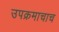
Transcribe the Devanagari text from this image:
उपक्रमाचाच